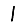
Digit: 1